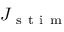
J _ { \mathrm { ~ s ~ t ~ i ~ m ~ } }